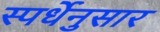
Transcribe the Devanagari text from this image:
स्पर्धेनुसार